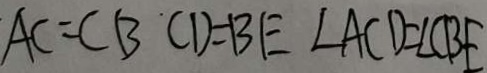
A C = C B C D = B E \angle A C D = \angle C B E